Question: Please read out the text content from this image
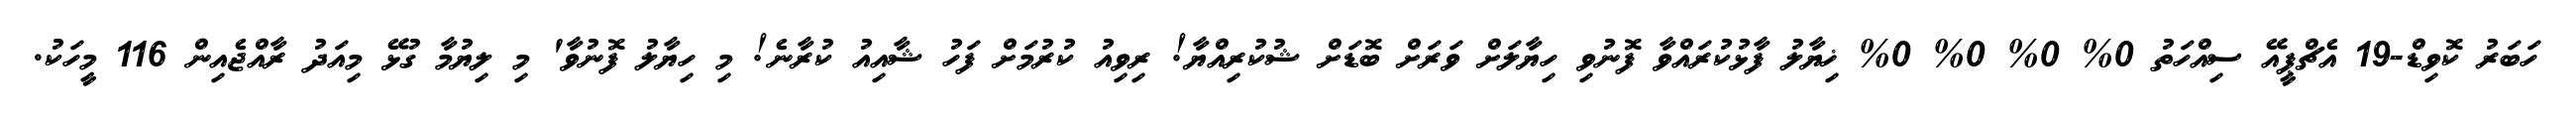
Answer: ހަބަރު ކޮވިޑް-19 އެޗްޕީއޭ ސިއްހަތު 0% 0% 0% 0% ޚިޔާލު ފާޅުކުރައްވާ ފޮނުވި ހިޔާލަށް ވަރަށް ބޮޑަށް ޝުކުރިއްޔާ! ރިވިއު ކުރުމަށް ފަހު ޝާއިއު ކުރާނެ! މި ހިޔާލު ފޮނުވާ' މި ލިޔުމާ ގުޅޭ މިއަދު ރާއްޖެއިން 116 މީހަކު.